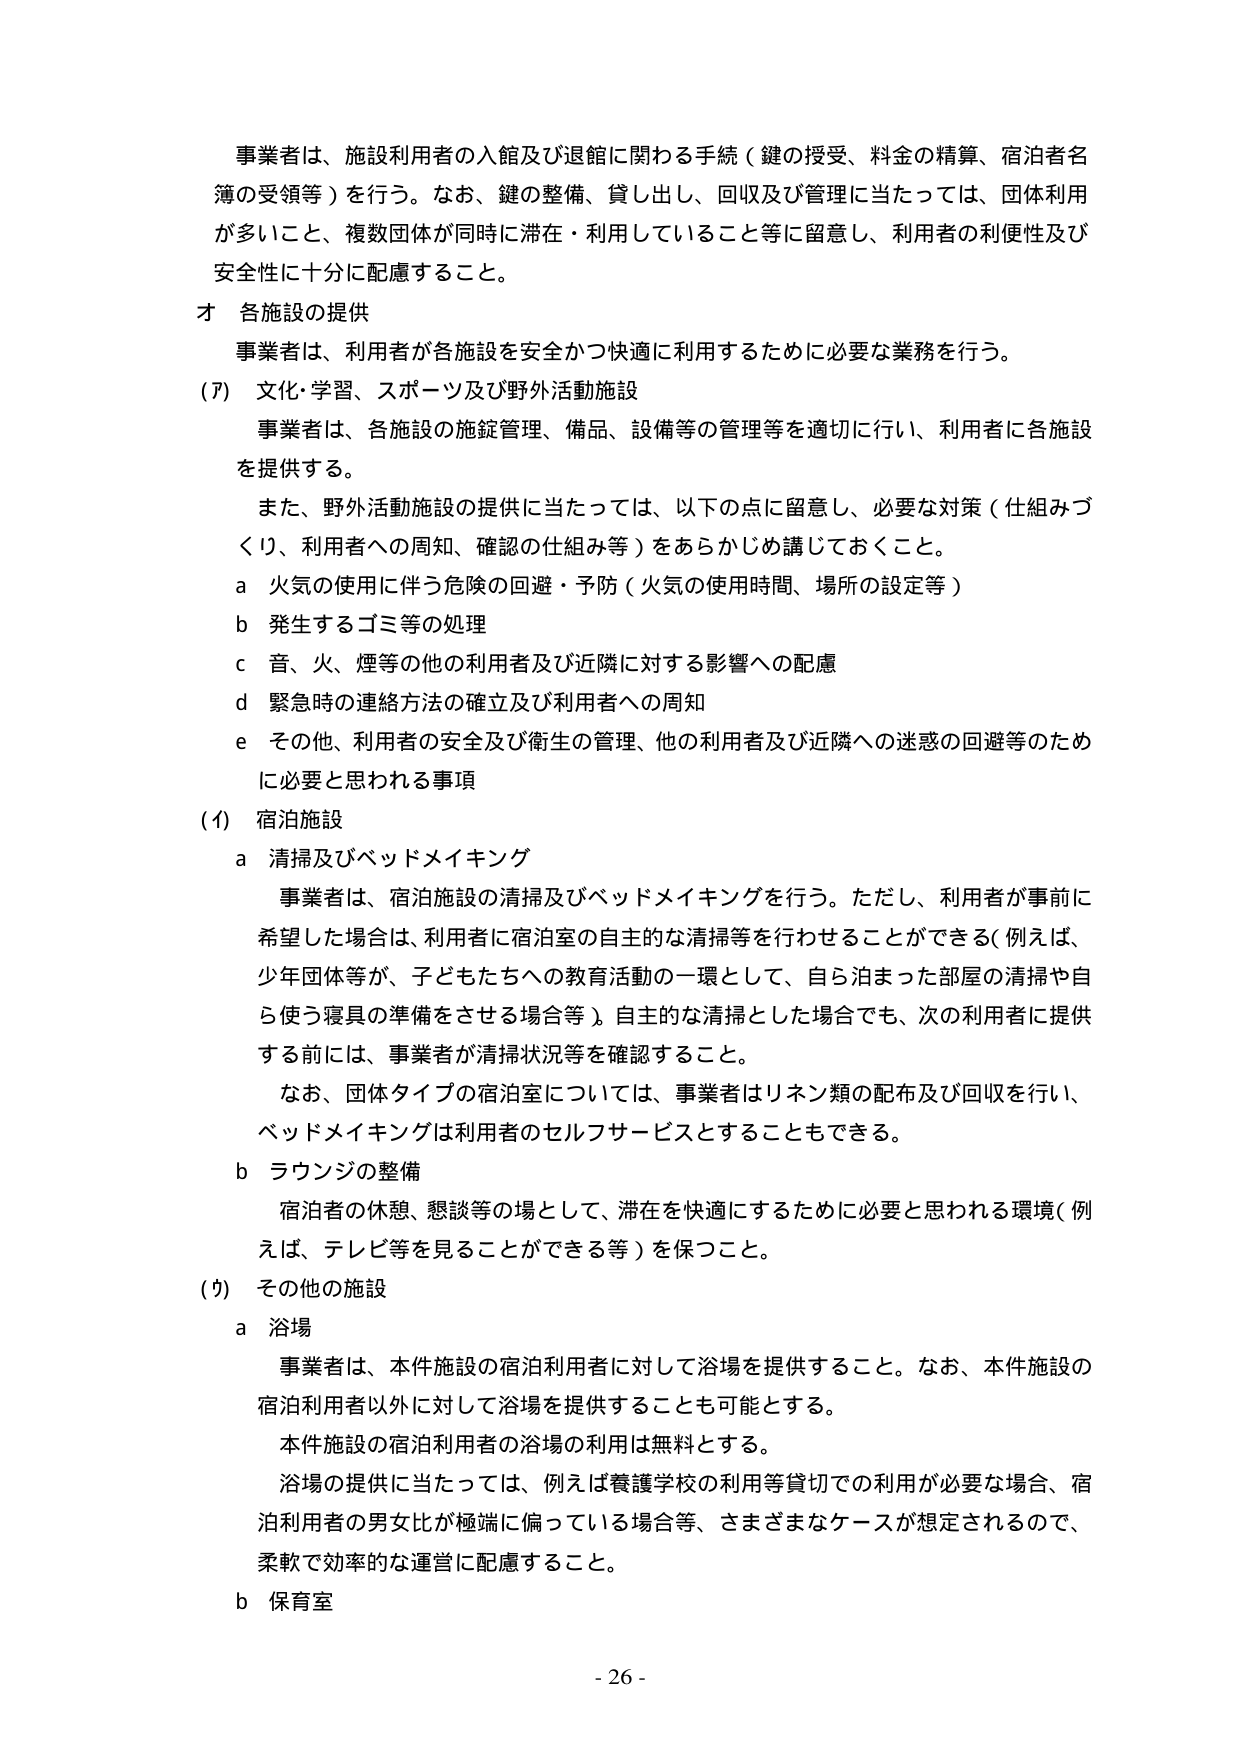
事業者は、施設利用者の入館及び退館に関わる手続（鍵の授受、料金の精算、宿泊者名簿の受領等）を行う。なお、鍵の整備、貸し出し、回収及び管理に当たっては、団体利用が多いこと、複数団体が同時に滞在・利用していること等に留意し、利用者の利便性及び安全性に十分に配慮すること。

オ 各施設の提供

事業者は、利用者が各施設を安全かつ快適に利用するために必要な業務を行う。

(ア) 文化・学習、スポーツ及び野外活動施設

事業者は、各施設の施錠管理、備品、設備等の管理等を適切に行い、利用者に各施設を提供する。

また、野外活動施設の提供に当たっては、以下の点に留意し、必要な対策（仕組みづくり、利用者への周知、確認の仕組み等）をあらかじめ講じておくこと。

a 火気の使用に伴う危険の回避・予防（火気の使用時間、場所の設定等）

b 発生するゴミ等の処理

c 音、火、煙等の他の利用者及び近隣に対する影響への配慮

d 緊急時の連絡方法の確立及び利用者への周知

e その他、利用者の安全及び衛生の管理、他の利用者及び近隣への迷惑の回避等のために必要と思われる事項

(イ) 宿泊施設

a 清掃及びベッドメイキング

事業者は、宿泊施設の清掃及びベッドメイキングを行う。ただし、利用者が事前に希望した場合は、利用者に宿泊室の自主的な清掃等を行わせることができる（例えば、少年団体等が、子どもたちへの教育活動の一環として、自ら泊まった部屋の清掃や自ら使う寝具の準備をさせる場合等）。自主的な清掃とした場合でも、次の利用者に提供する前には、事業者が清掃状況等を確認すること。

なお、団体タイプの宿泊室については、事業者はリネン類の配布及び回収を行い、ベッドメイキングは利用者のセルフサービスとすることができる。

b ラウンジの整備

宿泊者の休憩、懇談等の場として、滞在を快適にするために必要と思われる環境（例えば、テレビ等を見ることができる等）を保つこと。

(ウ) その他の施設

a 浴場

事業者は、本件施設の宿泊利用者に対して浴場を提供すること。なお、本件施設の宿泊利用者以外に対して浴場を提供することも可能とする。

本件施設の宿泊利用者の浴場の利用は無料とする。

浴場の提供に当たっては、例えば養護学校の利用等貸切での利用が必要な場合、宿泊利用者の男女比が極端に偏っている場合等、さまざまなケースが想定されるので、柔軟で効率的な運営に配慮すること。

b 保育室

- 26 -